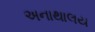
અનાથાલય